Civil Veterinary Dept. Bombay admin report 1932-41 - 1932-1941
Year: 1932
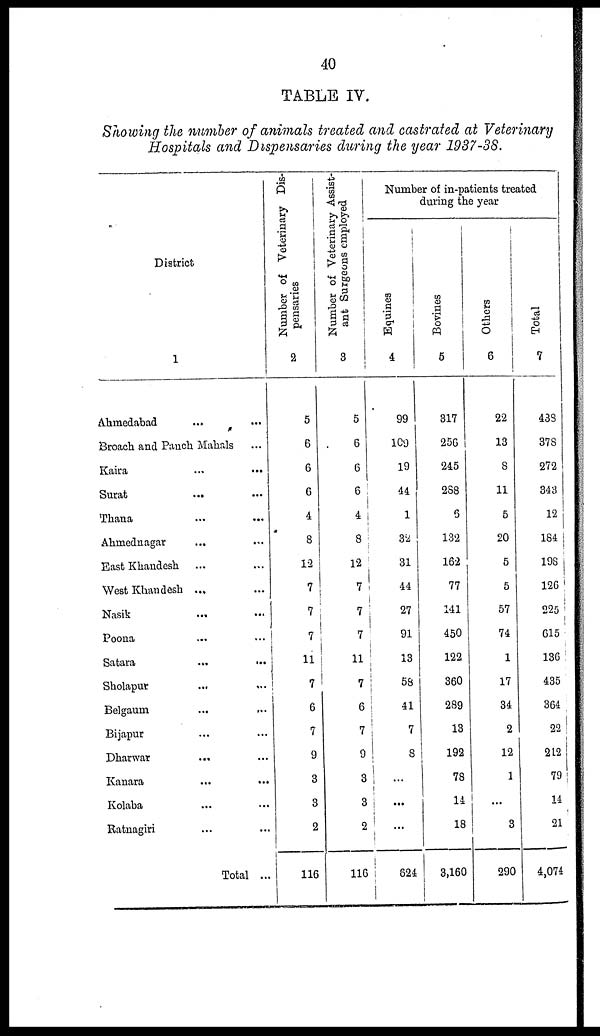
40
TABLE IV.
Showing the number of animals treated and castrated at Veterinary
Hospitals and Dispensaries during the year 1937-38.
District
1
Ahmedabad ... ...
Broach and Panch Mahals ...
Kaira ... ...
Surat
... ...
Thana ... ...
Ahmednagar ... ...
East Khandesh ... ...
West Khandesh ... ...
Nasik
...
...
Poona ... ...
Satara
...
...
Sholapur
... ...
Belgaum ... ...
Bijapur ... ...
Dharwar
... ...
Kanara ... ...
Kolaba ... ...
Ratnagiri ... ...
Total ...
Number of Veterinary Dis-
pensaries
2
5
6
6
6
4
8
12
7
7
7
11
7
6
7
9
3
3
2
116
Number of Veterinary Assist-
ant Surgeons employed
3
5
6
6
6
4
3
12
7
7
7
11
7
6
7
9
3
3
2
116
Number of in-patients treated
during the year
Equines
4
99
109
19
44
1
32
31
44
27
91
13
58
41
7
8
...
...
...
624
Bovines
5
317
256
245
288
6
132
162
77
141
450
122
360
289
13
192
78
14
18
3,160
Others
6
22
13
8
11
5
20
5
5
57
74
1
17
34
2
12
1
...
3
290
Total
7
488
378
272
343
12
184
198
126
225
615
136
435
364
22
212
79
14
21
4,074